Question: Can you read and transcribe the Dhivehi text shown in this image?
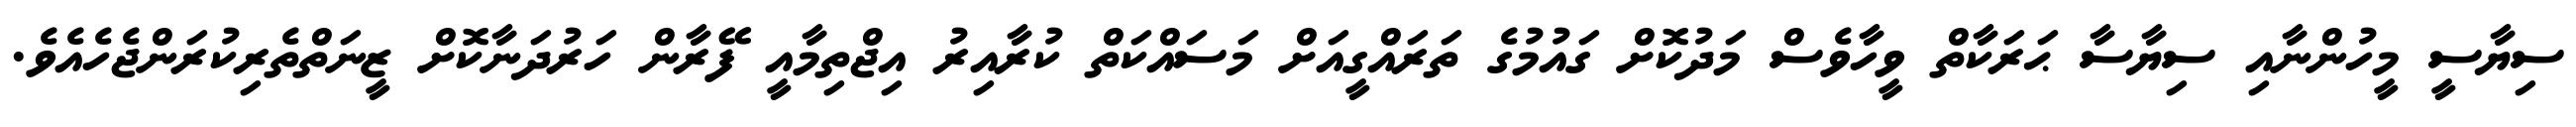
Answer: ސިޔާސީ މީހުންނާއި ސިޔާސާ ޙަރަކާތް ވީހާވެސް މަދުކޮށް ގައުމުގެ ތަރައްގީއަށް މަސައްކަތް ކުރާއިރު އިޖްތިމާއީ ފޭރާން ހަރުދަނާކޮށް ޒީނަތްތެރިކުރަންޖެހެއެވެ.